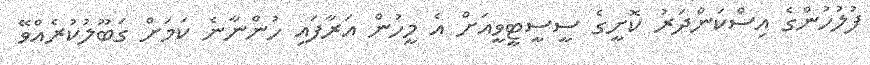
ފުލުހުންގެ އިސްކަންދަރު ކޮށީގެ ސީސީޓީވީއަށް އެ މީހުން އަރާފައި ހުންނާނެ ކަމަށް ގަބޫލުކުރެއްވޭ